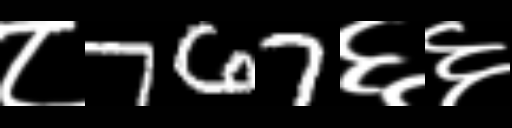
Text: ८767६६